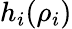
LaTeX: h_{i}(\rho_{i})